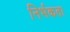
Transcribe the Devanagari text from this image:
निर्भकता